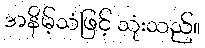
အနိမ့်သံဖြင့် သုံးသည်။